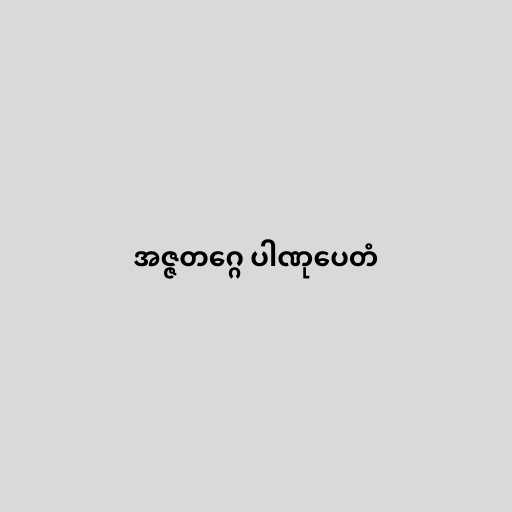
အဇ္ဇတဂ္ဂေ ပါဏုပေတံ